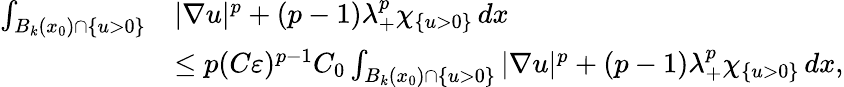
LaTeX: \begin{array}{rl}{\int_{B_{k}(x_{0})\cap\{ u>0\} }}&{|\nabla u|^{p}+(p-1)\lambda_{+}^{p}\chi_{\{ u>0\} }\, dx}\\ &{\leq p(C\varepsilon)^{p-1}C_{0}\int_{B_{k}(x_{0})\cap\{ u>0\} }|\nabla u|^{p}+(p-1)\lambda_{+}^{p}\chi_{\{ u>0\} }\, dx,}\end{array}